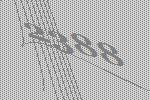
2388